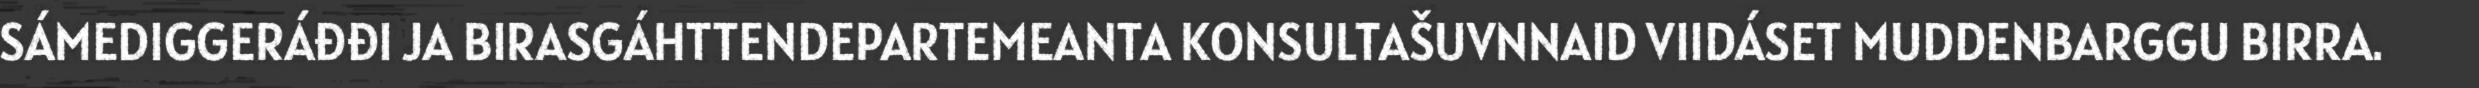
SÁMEDIGGERÁĐĐI JA BIRASGÁHTTENDEPARTEMEANTA KONSULTAŠUVNNAID VIIDÁSET MUDDENBARGGU BIRRA.